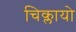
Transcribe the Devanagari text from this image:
चिक्लायो